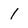
Character: 1